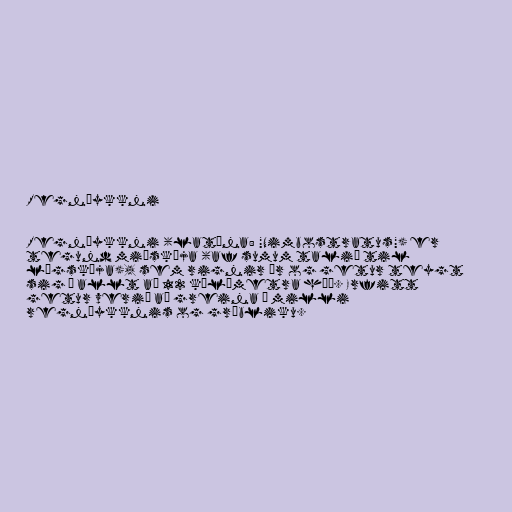
Regnþykkni

Regnþykkni (latína: "Nimbostratus") er
tegund miðskýja (af sumum talið til
lágskýja), sem rignir úr og getur teygt
sig í allt að 12 kílómetra hæð. Erfitt
getur verið að greina á milli
regnþykknis og grábliku.